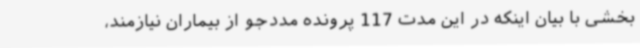
بخشی با بیان اینکه در این مدت 117 پرونده مددجو از بیماران نیازمند،